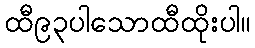
ထီ၉၃ပါသောထီထိုးပါ။